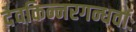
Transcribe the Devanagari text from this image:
देवकिन्नरगन्धर्वाः